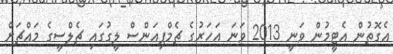
އެގޮތުން އެޓީމުން ވަނީ 2013 ވަނަ އަހަރުގެ ޗެމްޕިއަންސް ލީގުގައި ޗެލްސީގެ މައްޗަށް